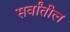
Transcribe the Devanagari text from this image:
सर्वांतील